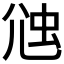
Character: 𧉇